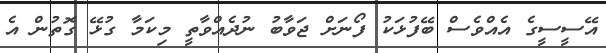
އޭސީސީގެ އެއްވެސް ބޭފުޅަކު ފޯނަށް ޖަވާބު ނުދެއްވާތީ މިކަމާ ގުޅޭ ގޮތުން އެ